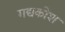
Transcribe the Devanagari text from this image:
गद्यकोश